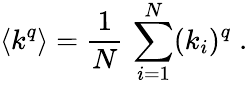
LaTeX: \langle k^{q}\rangle=\frac{1}{N}\, \sum_{i=1}^{N}(k_{i})^{q}\; .